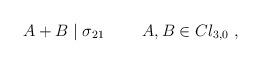
LaTeX: \begin{align*}A + B \mid \sigma_{21}~~~~~~~A,B \in Cl_{3,0}~,\end{align*}